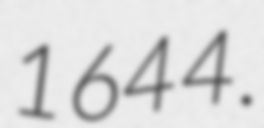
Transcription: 1644.